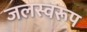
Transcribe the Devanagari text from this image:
जलस्वरूप